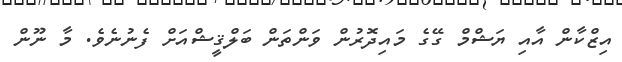
އިޒްކާން އާއި ޔަޝްމް ގޭގެ މައިދޮރުން ވަންތަން ބަލްޤީޝްއަށް ފެނުނެވެ. މާ ނޫން